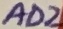
Text: AD2